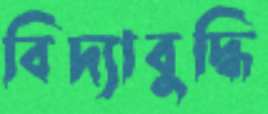
বিদ্যাবুদ্ধি